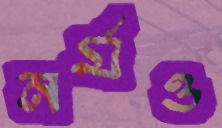
নর্মও